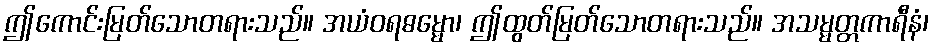
ဤကောင်းမြတ်သောတရားသည်။ အယံဝရဓမ္မော၊ ဤထွတ်မြတ်သောတရားသည်။ အသမ္မတ္တကာရီနံ၊